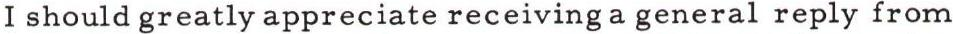
I should greatly appreciate receiving a general reply from